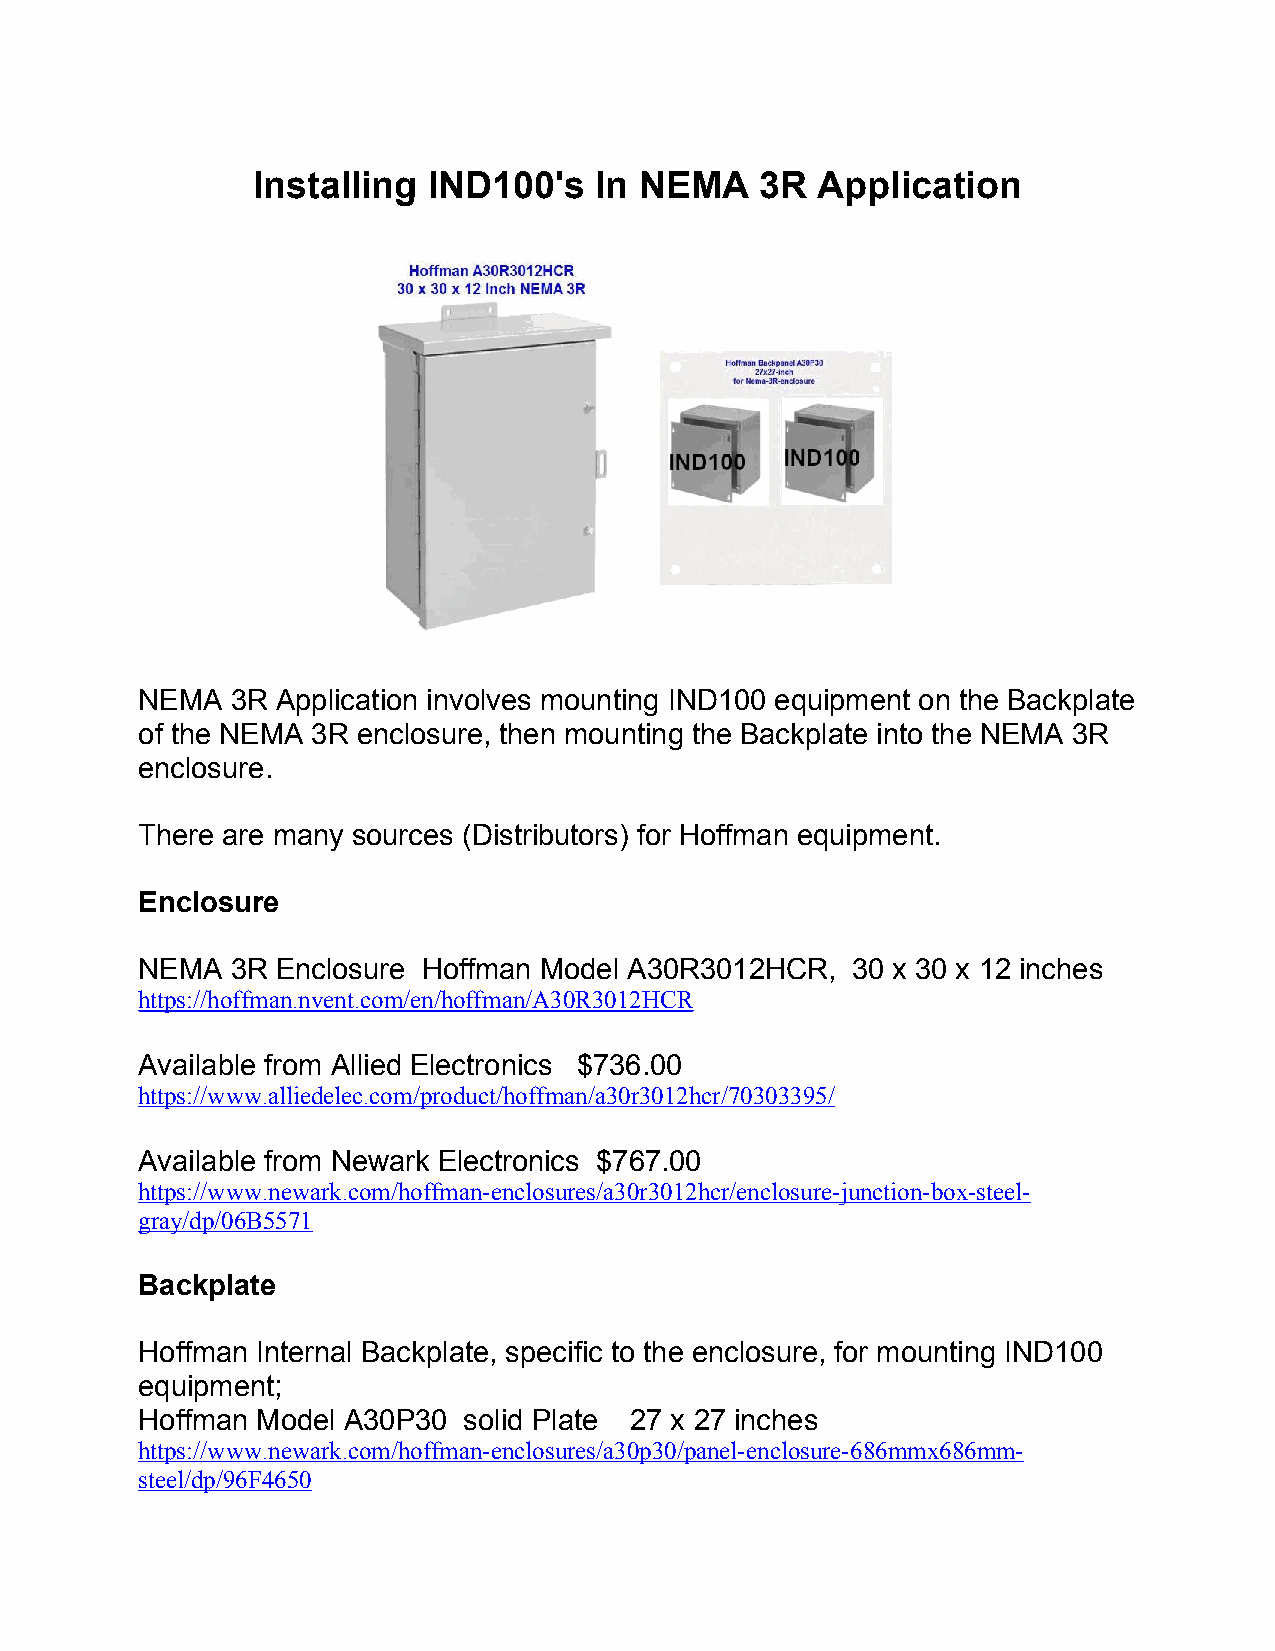
Installing IND100's   In NEMA    3R  Application
 NEMA  3R Application involves mounting IND100 equipment on the Backplate
 of the NEMA 3R enclosure, then mounting the Backplate into the NEMA 3R
 enclosure.
 There are many sources (Distributors) for Hoffman equipment.
 Enclosure
 NEMA  3R Enclosure Hoffman Model A30R3012HCR,  30 x 30 x 12 inches
 https://hoffman.nvent.com/en/hoffman/A30R3012HCR
 Available from Allied Electronics $736.00
 https://www.alliedelec.com/product/hoffman/a30r3012hcr/70303395/
 Available from Newark Electronics $767.00
 https://www.newark.com/hoffman-enclosures/a30r3012hcr/enclosure-junction-box-steel-
 gray/dp/06B5571
 Backplate
 Hoffman Internal Backplate, specific to the enclosure, for mounting IND100
 equipment;
 Hoffman Model A30P30  solid Plate 27 x 27 inches
 https://www.newark.com/hoffman-enclosures/a30p30/panel-enclosure-686mmx686mm-
 steel/dp/96F4650